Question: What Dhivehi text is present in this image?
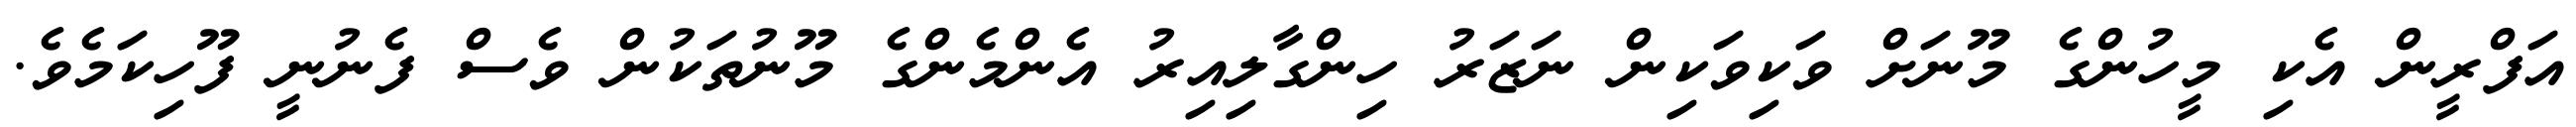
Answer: އަފްރީން އެކި މީހުންގެ މޫނަށް ވަކިވަކިން ނަޒަރު ހިންގާލިއިރު އެންމެންގެ މޫނުތަކުން ވެސް ފެނުނީ ފޫހިކަމެވެ.